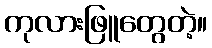
ကုလားဖြူတွေတဲ့။